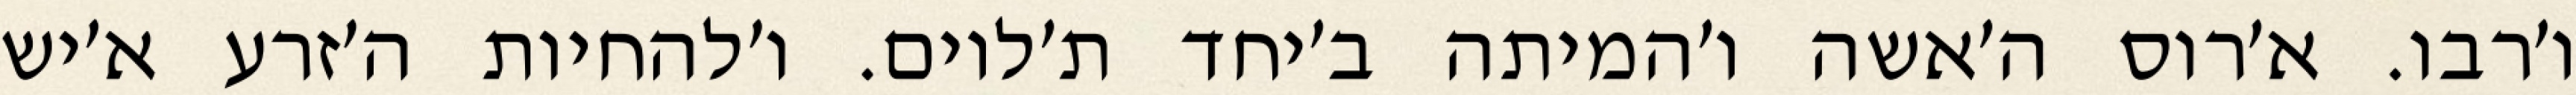
ו׳רבו. א׳רוס ה׳אשה ו׳המיתה ב׳יחד ת׳לוים. ו׳להחיות ה׳זרע א׳יש